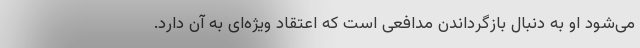
می‌شود او به دنبال بازگرداندن مدافعی است که اعتقاد ویژه‌ای به آن دارد.